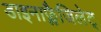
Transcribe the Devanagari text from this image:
डाइनाफ्लैजिलेट्